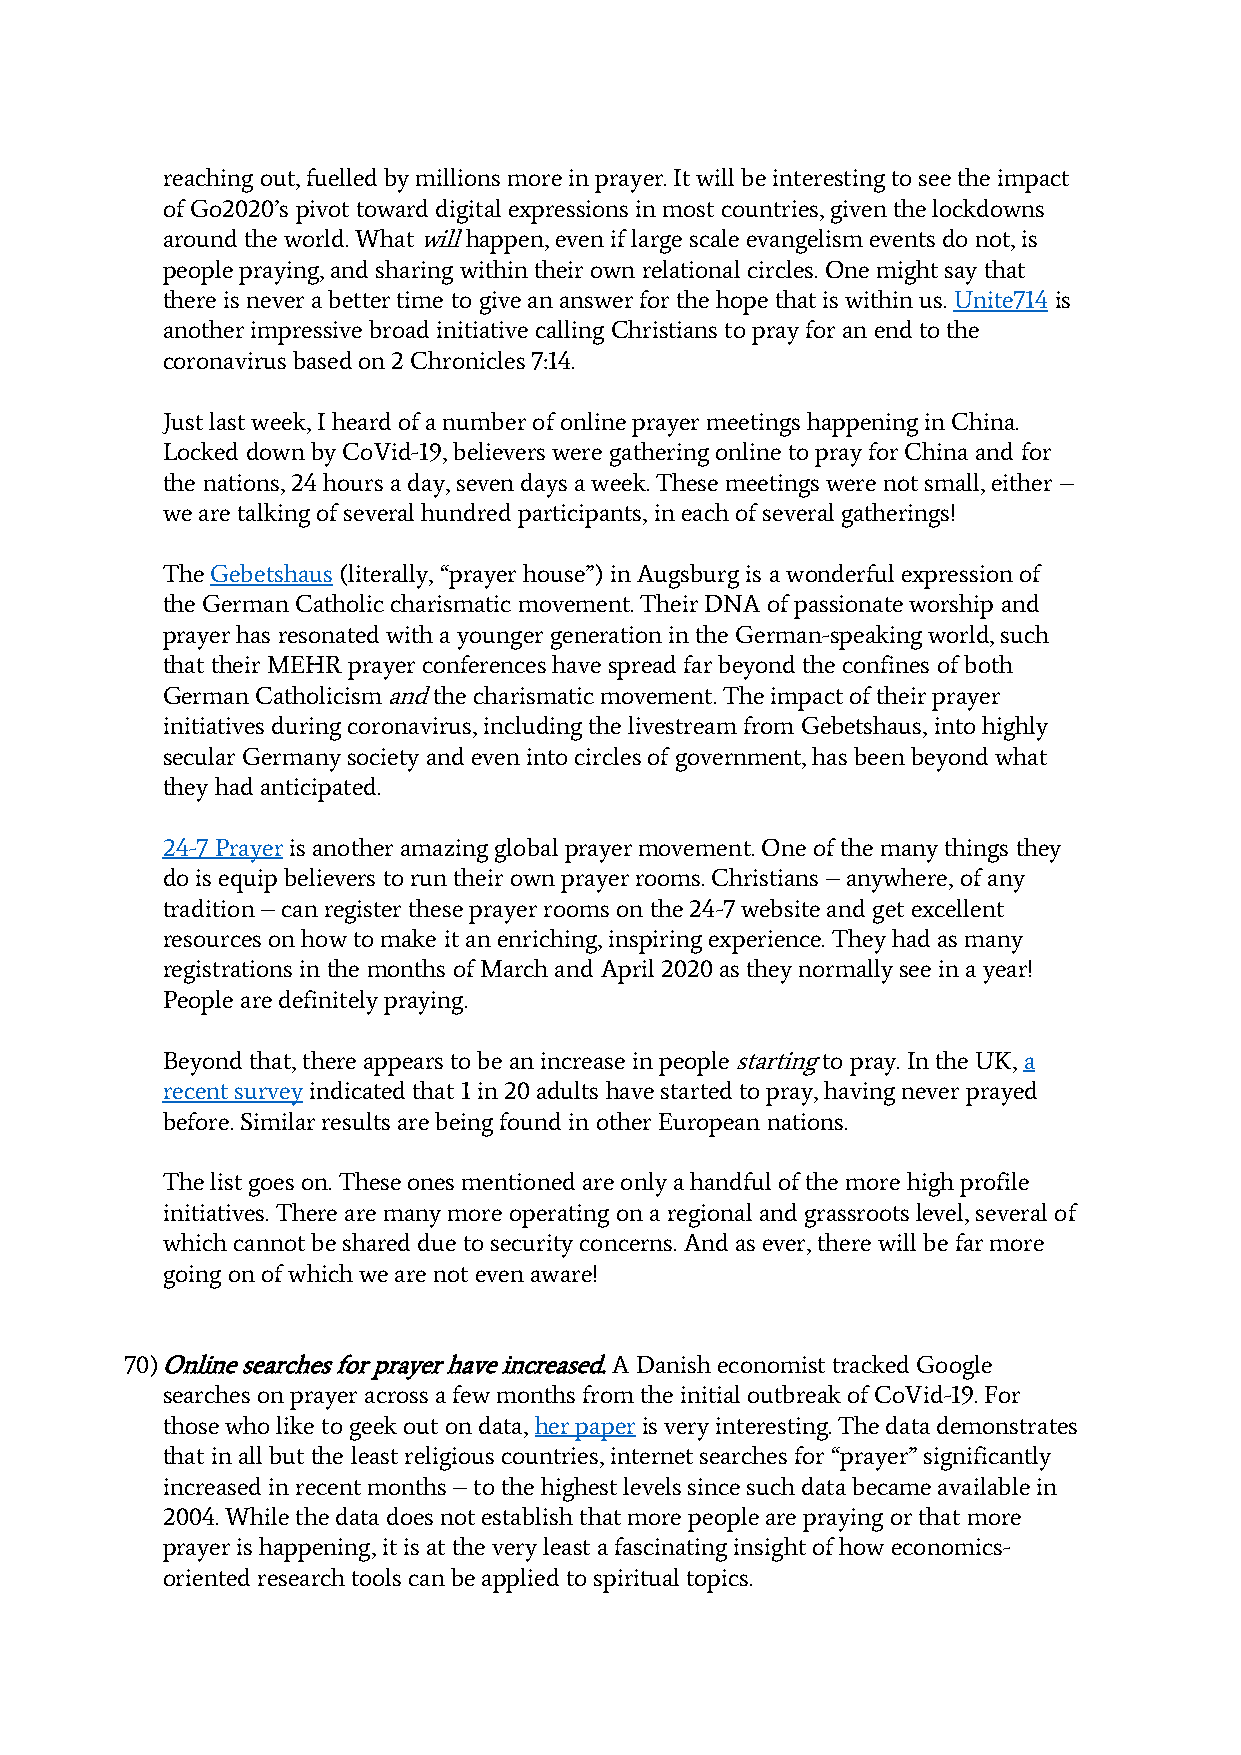
reaching out, fuelled by millions more in prayer. It will be interesting to see the impact
 of Go2020’s pivot toward digital expressions in most countries, given the lockdowns
 around the world. What will happen, even if large scale evangelism events do not, is
 people praying, and sharing within their own relational circles. One might say that
 there is never a better time to give an answer for the hope that is within us. Unite714 is
 another impressive broad initiative calling Christians to pray for an end to the
 coronavirus based on 2 Chronicles 7:14.
 Just last week, I heard of a number of online prayer meetings happening in China.
 Locked down by CoVid-19, believers were gathering online to pray for China and for
 the nations, 24 hours a day, seven days a week. These meetings were not small, either –
 we are talking of several hundred participants, in each of several gatherings!
 The Gebetshaus (literally, “prayer house”) in Augsburg is a wonderful expression of
 the German Catholic charismatic movement. Their DNA of passionate worship and
 prayer has resonated with a younger generation in the German-speaking world, such
 that their MEHR prayer conferences have spread far beyond the confines of both
 German Catholicism and the charismatic movement. The impact of their prayer
 initiatives during coronavirus, including the livestream from Gebetshaus, into highly
 secular Germany society and even into circles of government, has been beyond what
 they had anticipated.
 24-7 Prayer is another amazing global prayer movement. One of the many things they
 do is equip believers to run their own prayer rooms. Christians – anywhere, of any
 tradition – can register these prayer rooms on the 24-7 website and get excellent
 resources on how to make it an enriching, inspiring experience. They had as many
 registrations in the months of March and April 2020 as they normally see in a year!
 People are definitely praying.
 Beyond that, there appears to be an increase in people starting to pray. In the UK, a
 recent survey indicated that 1 in 20 adults have started to pray, having never prayed
 before. Similar results are being found in other European nations.
 The list goes on. These ones mentioned are only a handful of the more high profile
 initiatives. There are many more operating on a regional and grassroots level, several of
 which cannot be shared due to security concerns. And as ever, there will be far more
 going on of which we are not even aware!
 70) Online searches for prayer have increased. A Danish economist tracked Google
 searches on prayer across a few months from the initial outbreak of CoVid-19. For
 those who like to geek out on data, her paper is very interesting. The data demonstrates
 that in all but the least religious countries, internet searches for “prayer” significantly
 increased in recent months – to the highest levels since such data became available in
 2004. While the data does not establish that more people are praying or that more
 prayer is happening, it is at the very least a fascinating insight of how economics-
 oriented research tools can be applied to spiritual topics.